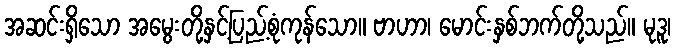
အဆင်းရှိသော အမွေးတို့နှင့်ပြည့်စုံကုန်သော။ ဗာဟာ၊ မောင်းနှစ်ဘက်တို့သည်။ မုဒူ၊